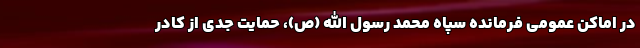
در اماکن عمومی فرمانده سپاه محمد رسول الله (ص)، حمایت جدی از کادر